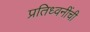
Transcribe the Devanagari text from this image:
प्रतिध्वनींची